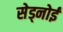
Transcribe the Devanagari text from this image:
सेड्नोई